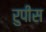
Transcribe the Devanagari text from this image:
रुपीस